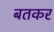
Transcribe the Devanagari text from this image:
बतकर